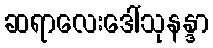
ဆရာလေးဒေါ်သုနန္ဒာ